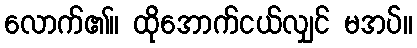
လောက်၏။ ထိုအောက်ငယ်လျှင် မအပ်။